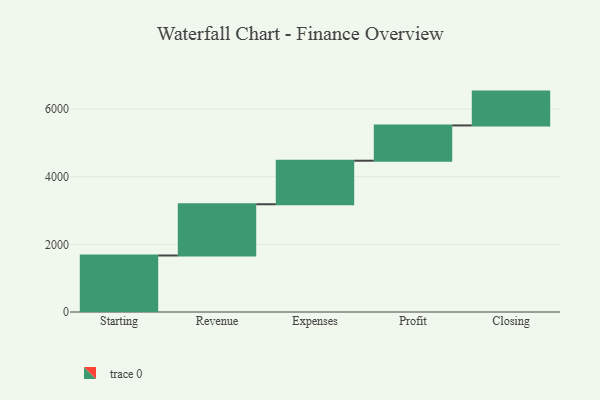
{"axis": {"x": "Step", "y": "Value"}, "legend": [""], "data": [{"x": "Starting", "y": 1670.0, "type": ""}, {"x": "Revenue", "y": 1515.0, "type": ""}, {"x": "Expenses", "y": 1287.0, "type": ""}, {"x": "Profit", "y": 1043.0, "type": ""}, {"x": "Closing", "y": 1000, "type": ""}]}